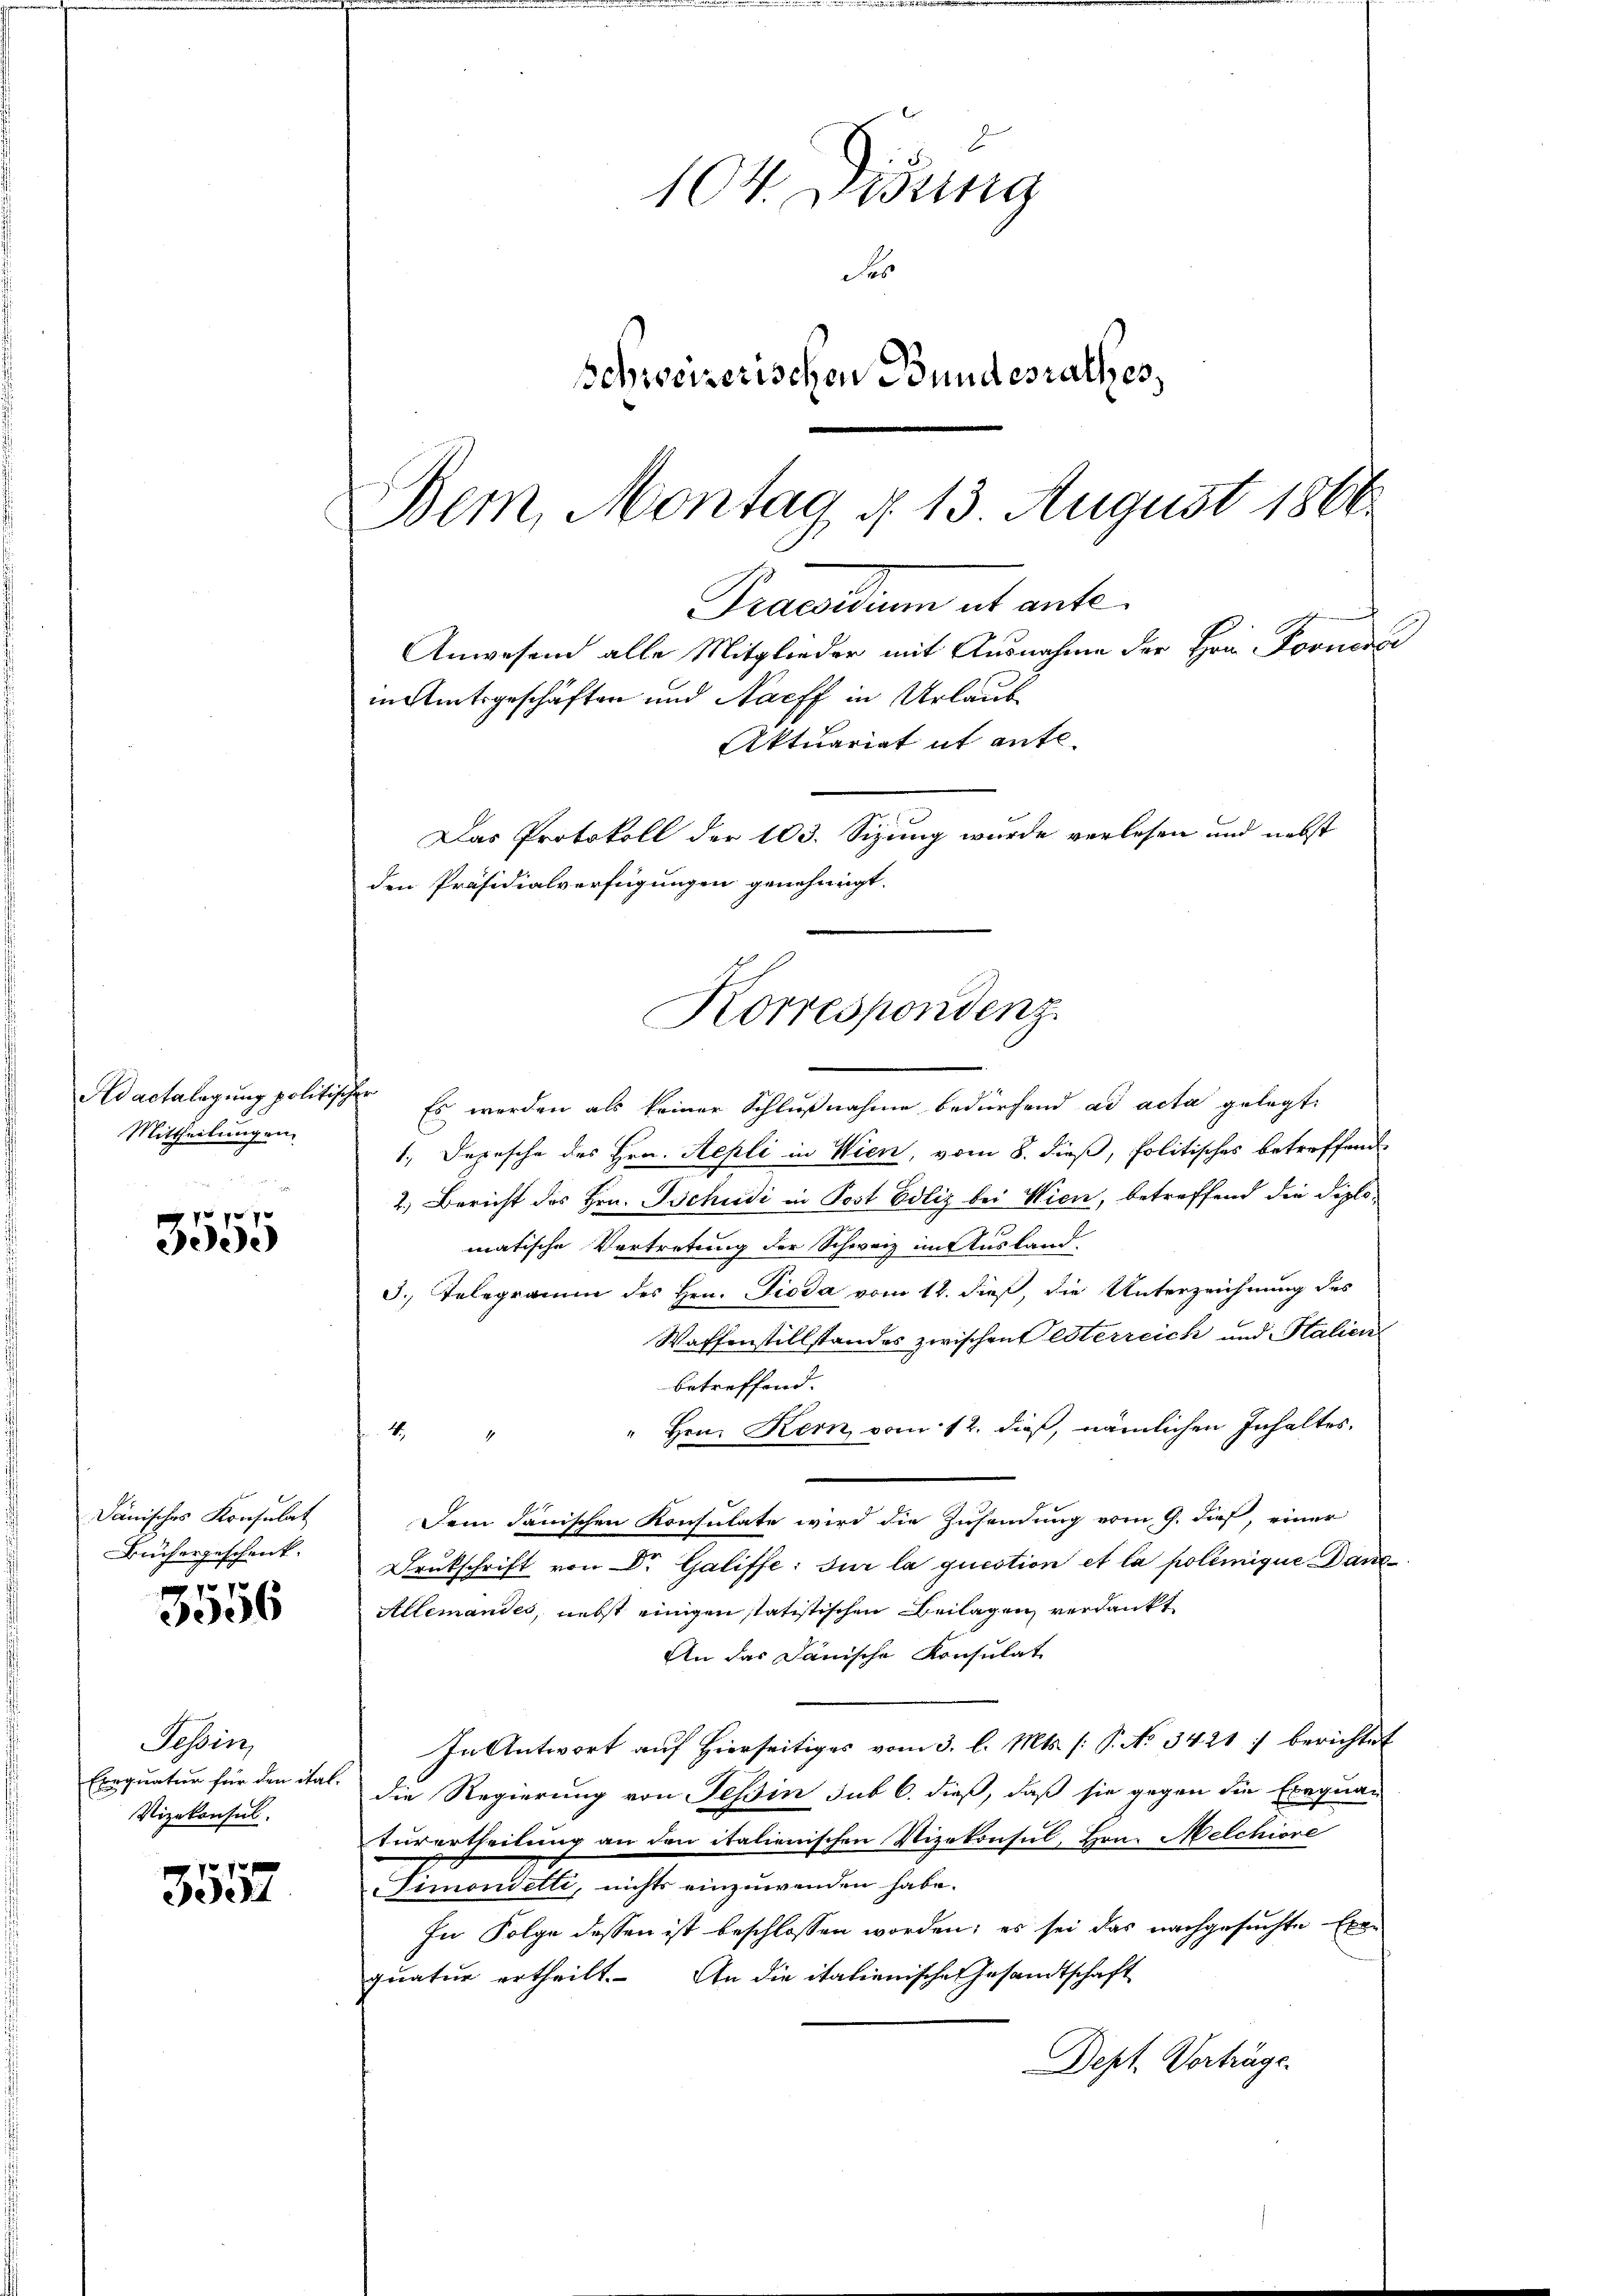
Adactalagung politi
Mittheilungen.

f
359

dänisches Konsulat
Büchergeschenk.

1
3056

Tessin,
Exequatur für den ital.
Vizekonsul

ff
eesent

104. Lesung
Se
schweizerischen Bundesrathes,
Bem, Montag d. 13 August 1866

Das Protokoll der 103. Sizung wurde verlesen und nebst
den Präsidialverfügungen genehmigt.
Korrespondenz.

Praesium ut ante¬
Anwesend alle Mitglieder mit Ausnahme der Hrn. Fornenbe
mnmtsgeschäften und Nacff in Urlaub
Aktuariat it ante-

Er
Es werden als keiner Schlußnahme bedürfend ad acta gelegt
1., Depesche des Hrn. Repli in Wien, vom 8. dieß, Politisches betreffende
2.) Bericht des Hrn. Tschudi in Post Odliz bei Wien, betreffend die Diplomatische Vertretung der Schweiz im Ausland-
3. Telegramm des Hrn. Fioda vom 12. dieß, die Unterzeichnung des
Waffenstillstandes zwischendesterreich und Stalien
betreffend.
Hrn. Kern vom 12. dieß, nämlichen Inhaltes.
4.
Dein Janischen Konsulate wird die Zusendung vom 9. dieß, einer
Drukschrift von Dr. Galiffe: sur la question et la polemique Danc
Allemandes, nebst einigen statistischen Beilagen verdankt
An das Janische Konsulat
In Antwort auf hierseitiges vom 3. l. Mts. (: P. No 3421 : berichtet
die Regierung von Tessin sub 6. dieß, daß sie gegen die Exequa-
turertheilung an den italienischen Vizekonsul, Hrn. Melchiore
Timonetti, nichts einzuwenden habe.
In Folge dessen ist beschlossen worden; es sei das nachgesuchte Exe-
quatur ertheilt. An die italienische Gesandtschaft
Dept. Vorträge.